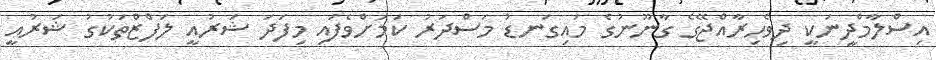
އިސްލާމްދީނަކީ ދިވެހިރާއްޖޭގެ ގާނޫނުގެ މައިގަނޑު މަސްދަރު ކަމަށްވެފައި މިފަދަ ޝަރުއީ ލަފްޒްތަކުގު ޝަރުއީ